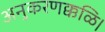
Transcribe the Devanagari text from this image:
अनुकरणक्कळि।